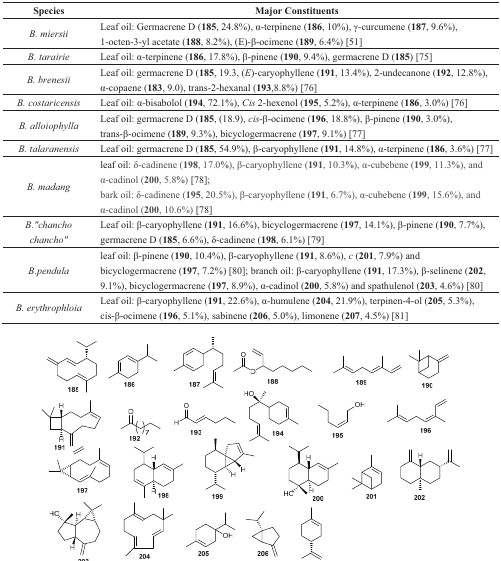
<table><thead><tr><td><b>Species</b></td><td><b>Major Constituents</b></td></tr></thead><tbody><tr><td><i>B. miersii</i></td><td>Leaf oil: Germacrene D (<b>185</b>, 24.8%), α-terpinene (<b>186</b>, 10%), γ-curcumene (<b>187</b>, 9.6%), 1-octen-3-yl acetate (<b>188</b>, 8.2%), (E)-β-ocimene (<b>189</b>, 6.4%) [51]</td></tr><tr><td><i>B. tarairie</i></td><td>Leaf oil: α-terpinene (<b>186</b>, 17.8%), β-pinene (<b>190</b>, 9.4%), germacrene D (<b>185</b>) [75]</td></tr><tr><td><i>B. brenesii</i></td><td>Leaf oil: germacrene D (<b>185</b>, 19.3, (<i>E</i>)-caryophyllene (<b>191</b>, 13.4%), 2-undecanone (<b>192</b>, 12.8%), α-copaene (<b>183</b>, 9.0), trans-2-hexanal (<b>193</b>, 8.8%) [76]</td></tr><tr><td><i>B. costaricensis</i></td><td>Leaf oil: α-bisabolol (<b>194</b>, 72.1%), <i>Cis</i> 2-hexenol (<b>195</b>, 5.2%), α-terpinene (<b>186</b>, 3.0%) [76]</td></tr><tr><td><i>B. alloiophylla</i></td><td>Leaf oil: germacrene D (<b>185</b>, (18.9), <i>cis</i>-β-ocimene (<b>196</b>, 18.8%), β-pinene (<b>190</b>, 3.0%), trans-β-ocimene (<b>189</b>, 9.3%), bicyclogermacrene (<b>197</b>, 9.1%) [77]</td></tr><tr><td><i>B. talaranensis</i></td><td>Leaf oil: germacrene D (<b>185</b>, 54.9%), β-caryophyllene (<b>191</b>, 14.8%), α-terpinene (<b>186</b>, 3.6%) [77]</td></tr><tr><td><i>B. madang</i></td><td>leaf oil: δ-cadinene (<b>198</b>, 17.0%), β-caryophyllene (<b>191</b>, 10.3%), α-cubebene (<b>199</b>, 11.3%), and α-cadinol (<b>200</b>, 5.8%) [78]; bark oil: δ-cadinene (<b>195</b>, 20.5%), β-caryophyllene (<b>191</b>, 6.7%), α-cubebene (<b>199</b>, 15.6%), and α-cadinol (<b>200</b>, 10.6%) [78]</td></tr><tr><td><i>B.&quot;chancho chancho&quot;</i></td><td>Leaf oil: β-caryophyllene (<b>191</b>, 16.6%), bicyclogermacrene (<b>197</b>, 14.1%), β-pinene (<b>190</b>, 7.7%), germacrene D (<b>185</b>, 6.6%), δ-cadinene (<b>198</b>, 6.1%) [79]</td></tr><tr><td><i>B. pendula</i></td><td>leaf oil: β-pinene (<b>190</b>, 10.4%), β-caryophyllene (<b>191</b>, 8.6%), <i>c</i> (<b>201</b>, 7.9%) and bicyclogermacrene (<b>197</b>, 7.2%) [80]; branch oil: β-caryophyllene (<b>191</b>, 17.3%), β-selinene (<b>202</b>, 9.1%), bicyclogermacrene (<b>197</b>, 8.9%), α-cadinol (<b>200</b>, 5.8%) and spathulenol (<b>203</b>, 4.6%) [80]</td></tr><tr><td><i>B. erythrophloia</i></td><td>Leaf oil: β-caryophyllene (<b>191</b>, 22.6%), α-humulene (<b>204</b>, 21.9%), terpinen-4-ol (<b>205</b>, 5.3%), cis-β-ocimene (<b>196</b>, 5.1%), sabinene (<b>206</b>, 5.0%), limonene (<b>207</b>, 4.5%) [81]</td></tr></tbody></table>